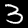
Digit: 3